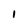
Character: 1